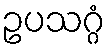
ဥပသဂ္ဂံ